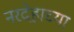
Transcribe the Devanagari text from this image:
नरदेहाच्या